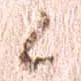
候